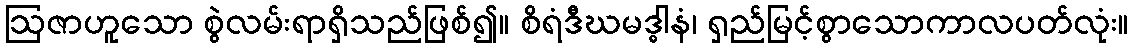
ဩဇာဟူသော စွဲလမ်းရာရှိသည်ဖြစ်၍။ စိရံဒီဃမဒ္ဓါနံ၊ ရှည်မြင့်စွာသောကာလပတ်လုံး။